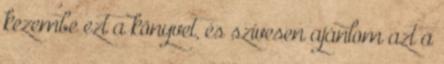
kezembe ezt a könyvet, és szívesen ajánlom azt a